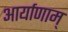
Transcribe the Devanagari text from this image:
आर्याणाम्